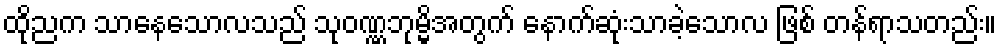
ထိုညက သာနေသောလသည် သုဝဏ္ဏဘုမ္မိအတွက် နောက်ဆုံးသာခဲ့သောလ ဖြစ် တန်ရာသတည်း။